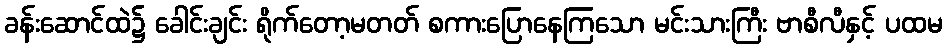
ခန်းဆောင်ထဲ၌ ခေါင်းချင်း ရိုက်တော့မတတ် စကားပြောနေကြသော မင်းသားကြီး ဗာစီလီနှင့် ပထမ